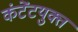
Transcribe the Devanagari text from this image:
कंटेंटयुक्त